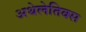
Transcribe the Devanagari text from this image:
अथेलेतिक्स